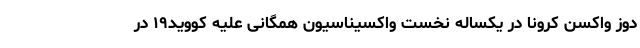
دوز واکسن کرونا در یکساله نخست واکسیناسیون همگانی علیه کووید۱۹ در